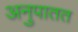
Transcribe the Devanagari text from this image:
अनुपातत